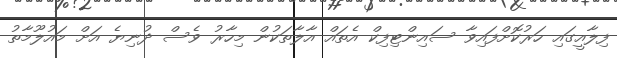
ފިލާއީގައި ހަރުކޮށްފައިވާ ސައިންޓިފިކް އެތައް އާލާތަކުން މިހާރު ވެސް ދުނިޔެ އަށް މައުލޫމާތު